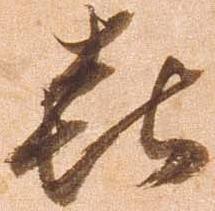
喜